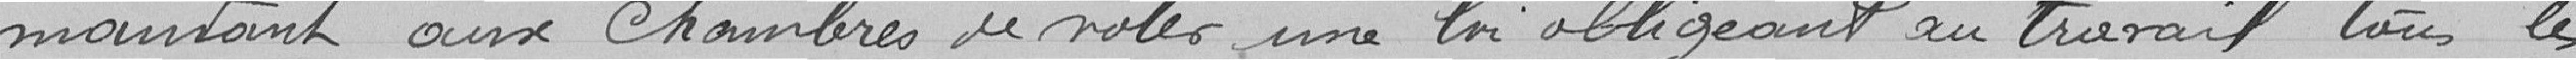
mandant aux Chambres de voter une loi obligeant au travail tous les